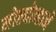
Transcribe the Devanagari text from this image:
मोल्दोव्हाने